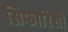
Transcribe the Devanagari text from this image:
सिफारिशी